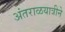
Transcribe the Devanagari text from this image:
अंतराळयात्रीने